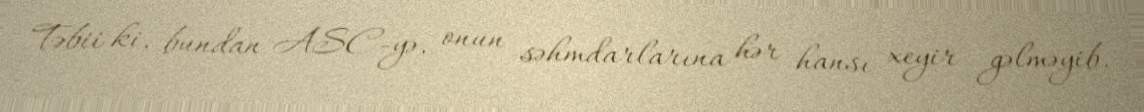
Təbii ki, bundan ASC-yə, onun səhmdarlarına hər hansı xeyir gəlməyib.